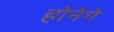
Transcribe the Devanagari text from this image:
होनेगे